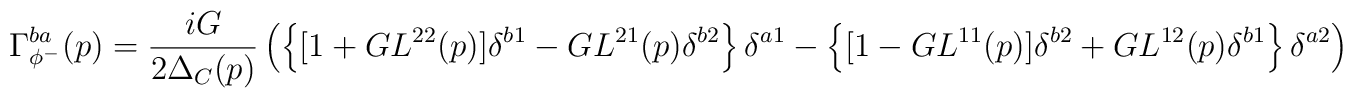
\Gamma_{\phi^-}^{ba}(p)=\frac{iG}{2\Delta_C(p)}\left(\left\{[1+GL^{22}(p)]\delta^{b1}-GL^{21}(p)\delta^{b2}\right\}\delta^{a1}-\left\{[1-GL^{11}(p)]\delta^{b2}+GL^{12}(p)\delta^{b1}\right\}\delta^{a2}\right),